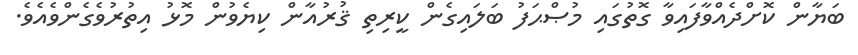
ބަޔާން ކޮށްދެއްވާފައިވާ ގޮތުގައި މުޞްޙަފު ބަލައިގެން ކީރިތި ޤުރުއާން ކިޔެވުން މޮޅު އިތުރުވެގެންވެއެވެ.